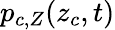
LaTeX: p_{c,Z}(z_{c},t)